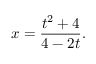
x = { \frac { t ^ { 2 } + 4 } { 4 - 2 t } } .